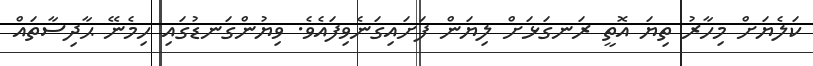
ކަލެޔަށް މިހާރު ތިޔަ އޮތީ ރަނގަޅަށް ލިޔަން ފަށައިގަނެވިފައެވެ. ވިޔުންގަނޑުގައި ހިމެނޭ ޙާދިސާތައް